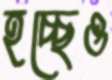
হচ্ছেও